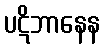
ပဋိဘာနေန